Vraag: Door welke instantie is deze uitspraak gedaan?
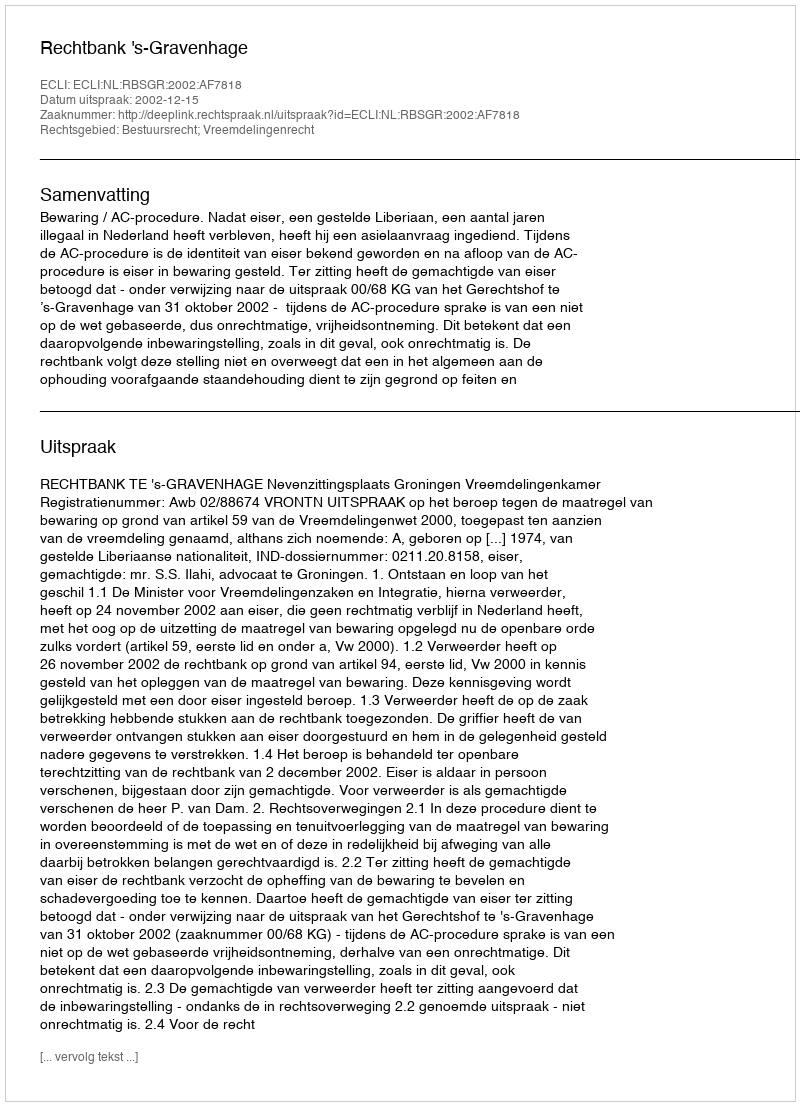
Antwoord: Rechtbank 's-Gravenhage